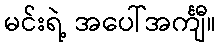
မင်းရဲ့ အပေါ်အင်္ကျီ။